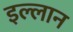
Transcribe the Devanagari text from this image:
इल्लान